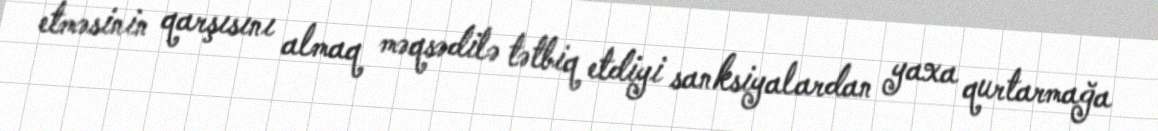
etməsinin qarşısını almaq məqsədilə tətbiq etdiyi sanksiyalardan yaxa qurtarmağa